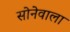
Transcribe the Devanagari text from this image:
सोनेवाला